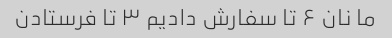
ما نان ۶ تا سفارش دادیم ۳ تا فرستادن